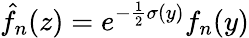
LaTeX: \hat{f}_{n}(z)=e^{-\frac{1}{2}\sigma(y)}f_{n}(y)